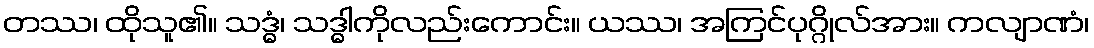
တဿ၊ ထိုသူ၏။ သဒ္ဓံ၊ သဒ္ဓါကိုလည်းကောင်း။ ယဿ၊ အကြင်ပုဂ္ဂိုလ်အား။ ကလျာဏံ၊